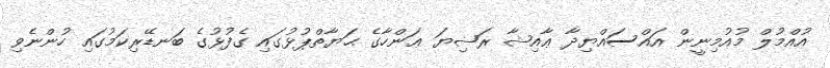
އުއްމުލް މުއުމިނީން އައްސައްޔިދާ ޢާއިޝާ ރަޟިޔަ ޢަންހާގެ ޙަޔާތްޕުޅުގައި ގެފުޅުގެ ބަނޑޭރިކަމުގައި ހުންނެވި